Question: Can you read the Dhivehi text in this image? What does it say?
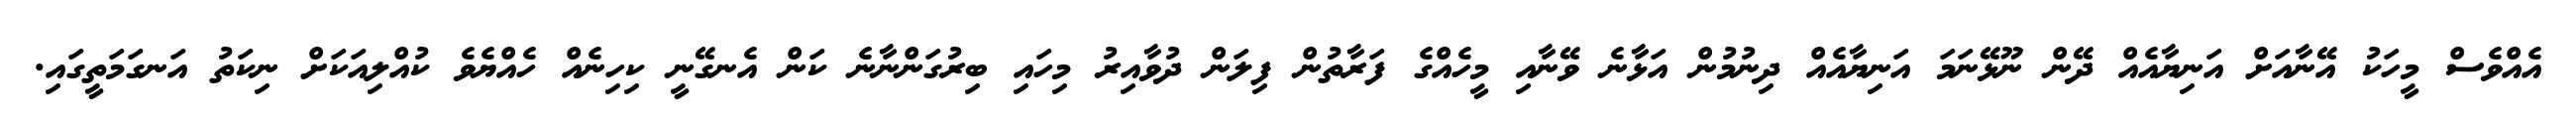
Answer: އެއްވެސް މީހަކު އޭނާއަށް އަނިޔާއެއް ދޭން ނޫޅޭނަމަ އަނިޔާއެއް ދިނުމުން އަޅާނެ ވޭނާއި މީހެއްގެ ފަރާތުން ފިލަން ދުވާއިރު މިހައި ބިރުގަންނާނެ ކަން އެނގޭނީ ކިހިނެއް ހެއްޔެވެ ކުއްލިއަކަށް ނިކަތު އަނގަމަތީގައި.